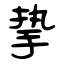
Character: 挚